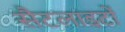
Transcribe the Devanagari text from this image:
सैटलाइटों